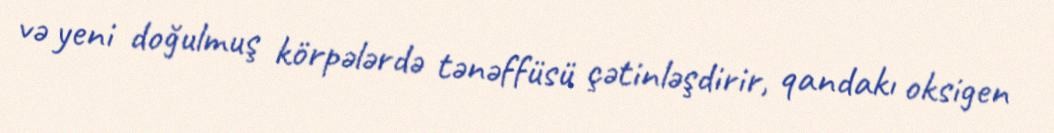
və yeni doğulmuş körpələrdə tənəffüsü çətinləşdirir, qandakı oksigen